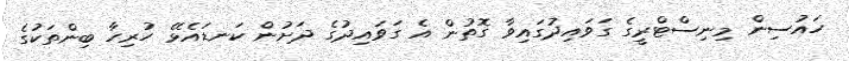
ހައުސިން މިނިސްޓްރީގެ ގަވައިދުގައިވާ ގޮތުން އެ ގަވައިދުގެ ދަށުން ކަނޑައެޅޭ ހުރިހާ ބިންތަކުގެ